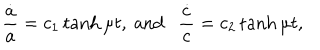
\frac { \dot { a } } { a } = c _ { 1 } \tanh { \mu t } , ~ \mathrm { a n d } \frac { \dot { c } } { c } = c _ { 2 } \tanh { \mu t } ,